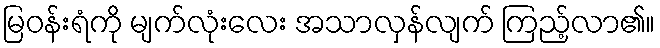
မြဝန်းရံကို မျက်လုံးလေး အသာလှန်လျက် ကြည့်လာ၏။